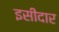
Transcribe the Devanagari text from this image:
इसीदार